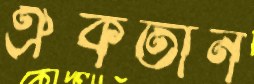
ঐকতান